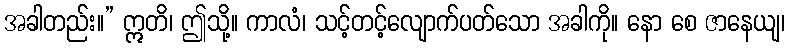
အခါတည်း။” ဣတိ၊ ဤသို့။ ကာလံ၊ သင့်တင့်လျောက်ပတ်သော အခါကို။ နော စေ ဇာနေယျ၊